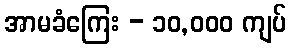
အာမခံကြေး - ၁၀,၀၀၀ ကျပ်